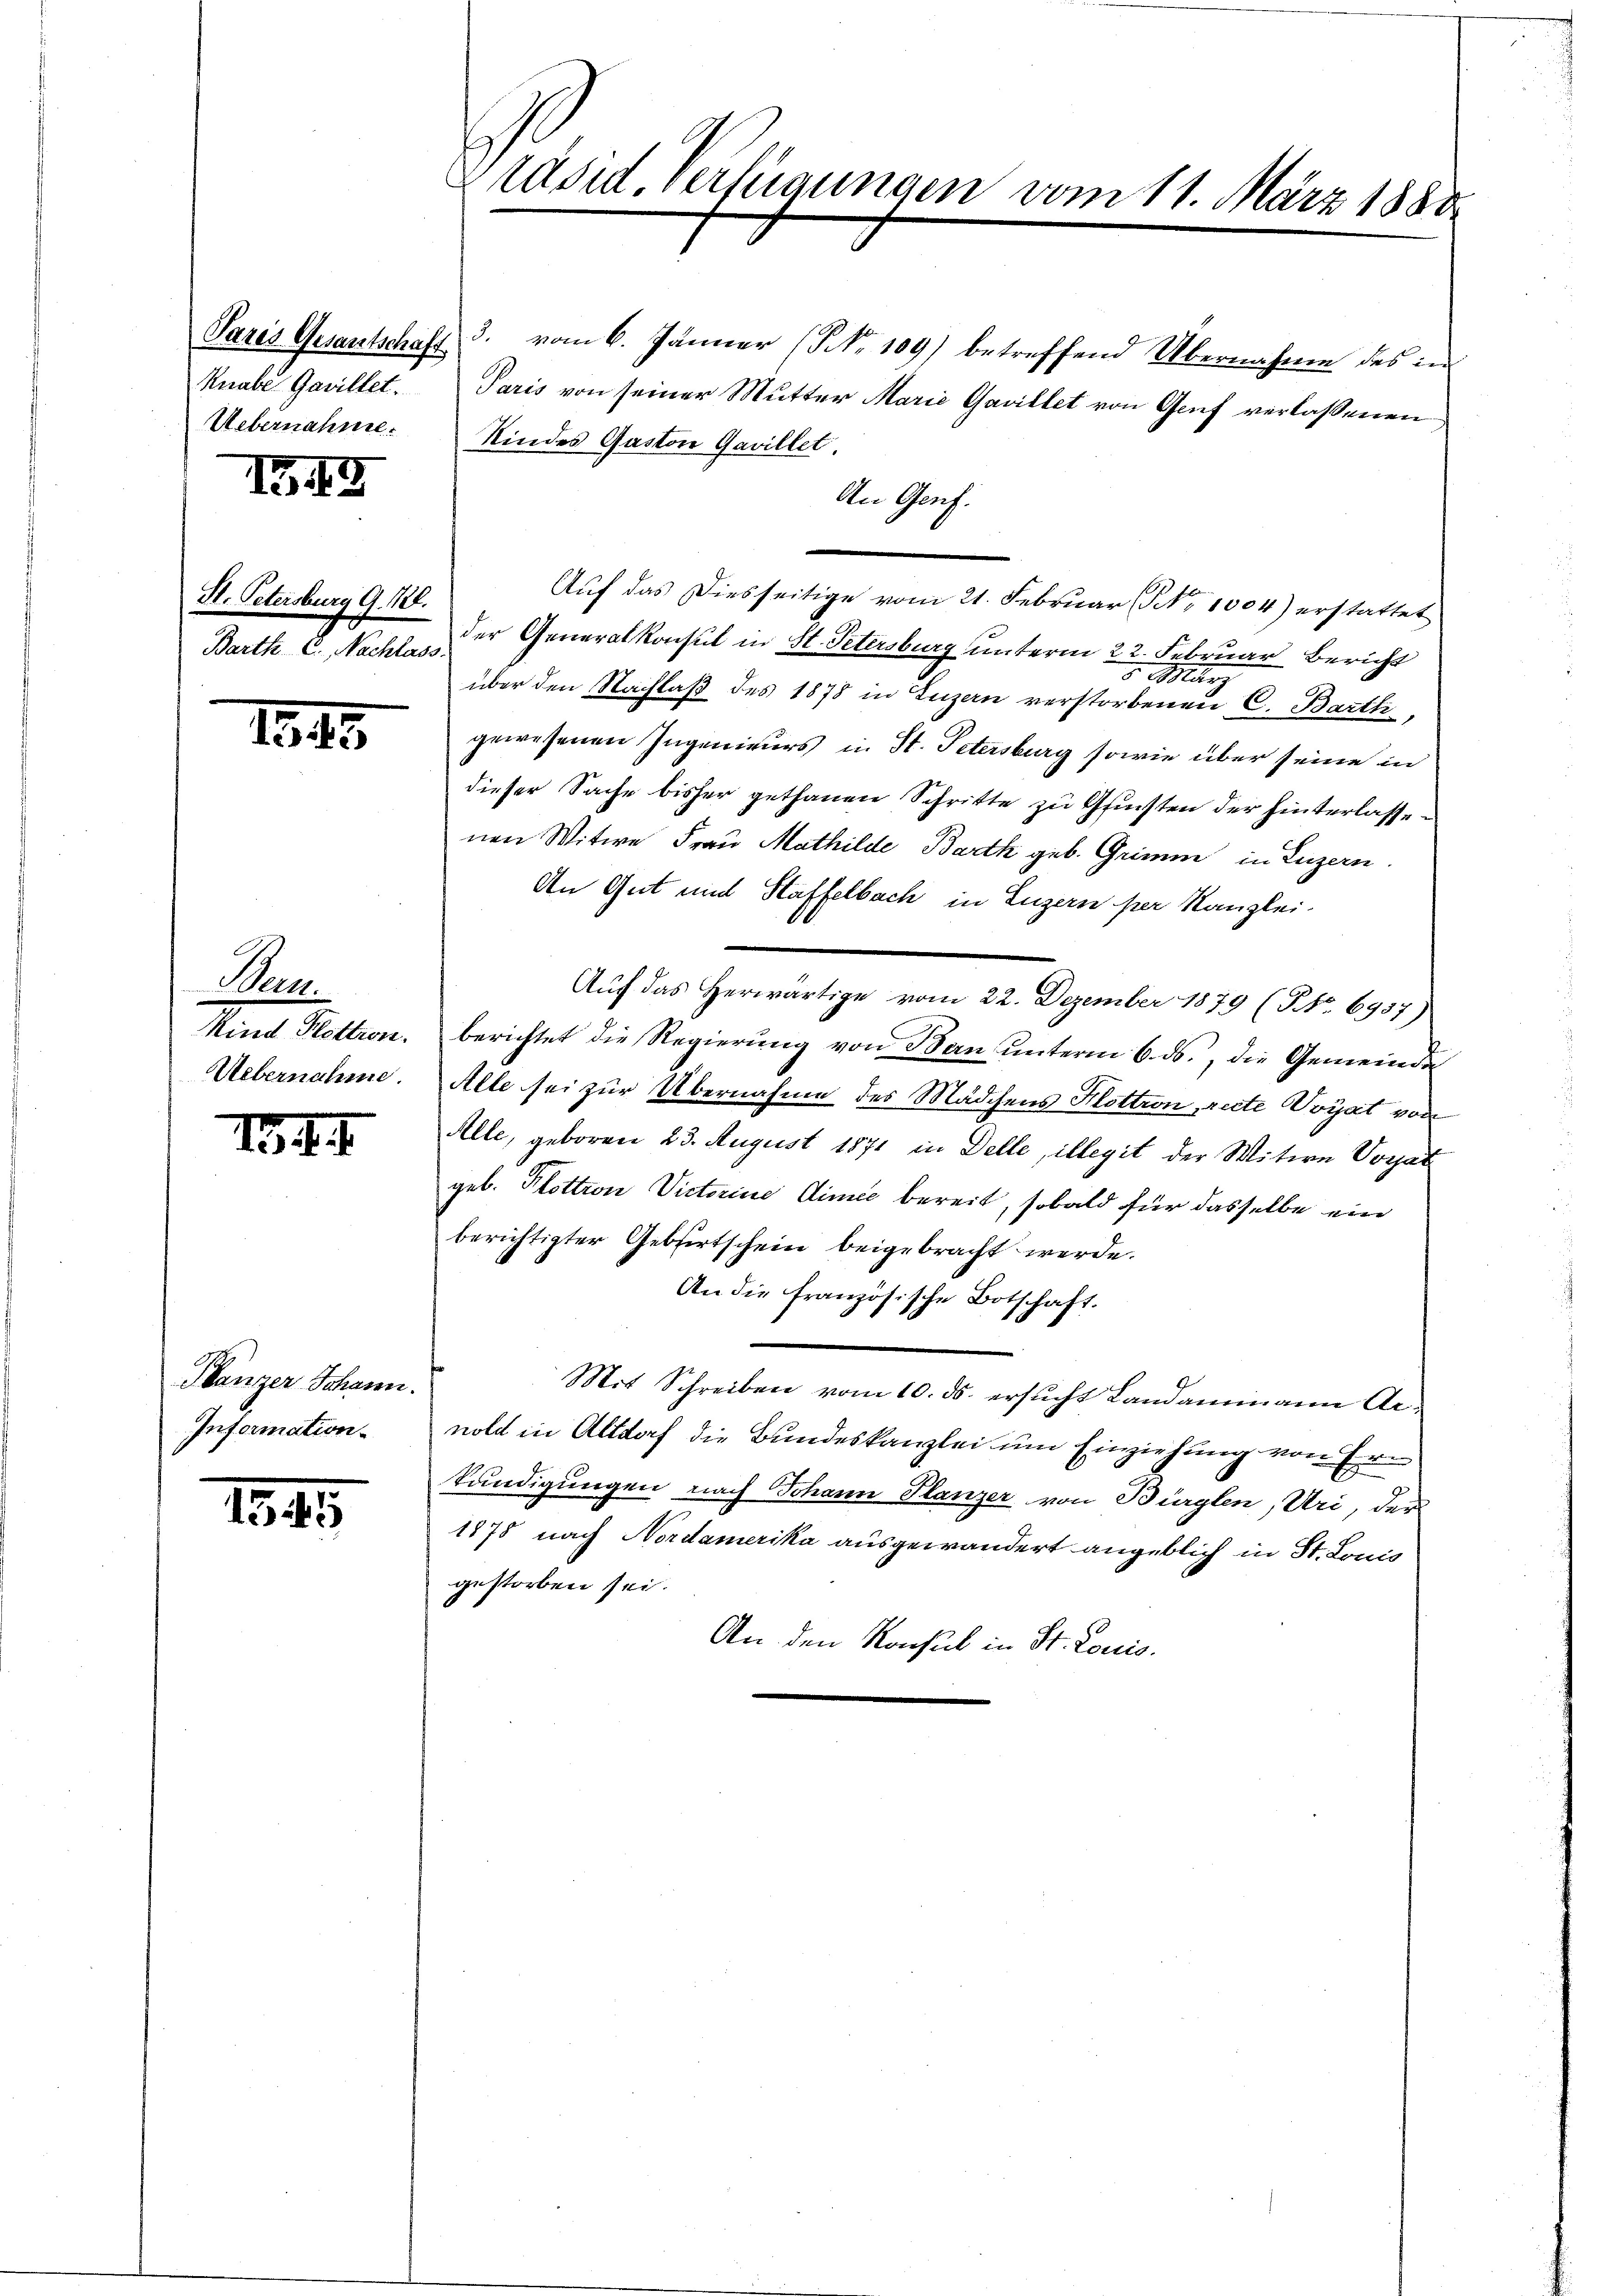
Pares Gesantschaft
Knabe Gavillet.
Uebernahme.

I49

H. Petersburg G. 128.
Barth C. Nachlass

1883.

Wan
Kind Plottron.
Uebernahme.

134. I

Hlänzer Johann.
Information.

1345

Präsid. Verfügungen vom 11. März 1888

3. vom 6. Jänner (NNo. 109) betreffend Übernahme des in
Paris von seiner Mutter Marie Gavillet von Genf verlassenen
Kindes Gaston Gavillet
An Genf.
Auf das Diesseitige vom 21. Februar (No 1004) erstattet
der Generalkonsul in St. Petersburg unterm 22. Februar Bericht
5 März
über den Nachlaß des 1878 in Luzern verstorbenen C. Barth,
gewesenen Ingenieurs in St. Petersburg sowie über seine in
dieser Sache bisher gethanen Schritte zu Gunsten der hinterlassenen Witwe Frau Mathilde Barth geb. Grimm in Luzern.
An Gut und Staffelbach in Luzern per Kanzlei-
Auf das Herwärtige vom 22. Dezember 1879 (NNo 6957)
berichtet die Regierung von Bau unterm 6. ds., die Gemeinde
Alle sei zur Übernahme des Mädchens Klottion, recte Woyat von
Alle, geboren 23. August 1871 in Delle, illegit der Witwe Vorsat
geb. Plottron Victorine dimie bereit, sobald für dasselbe ein
berichtigter Gebertschein beigebracht werde.
An die französische Botschaft.
Mit Schreiben vom 10. ds. ersucht Landammann Arnold in Altdoch die Bundeskanzlei um Einziehung von Ern
tändigungen nach Johann Flanzer von Bürglen, Uri, der
1878 nach Nordamerika ausgewandert angeblich in St. Louis
gestorben sei.
An den Konsul in St. Louis.